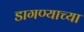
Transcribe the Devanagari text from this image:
डागण्याच्या